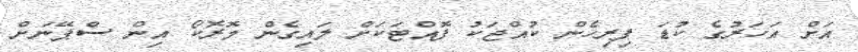
އަށް އަހަރުގެ ކުޑަ ފިރިހެން ކުއްޖަކު ފޮއްޓަކަށް ލައިގެން މޮރޮކޯ އިން ސްޕޭނަށް